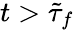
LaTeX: t>\tilde{\tau}_{f}